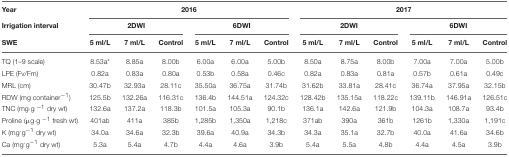
<table><thead><tr><td><b>Year</b></td><td colspan="6"><b>2016</b></td><td colspan="6"><b>2017</b></td></tr><tr><td><b>Irrigation interval</b></td><td colspan="3"><b>2DWI</b></td><td colspan="3"><b>6DWI</b></td><td colspan="3"><b>2DWI</b></td><td colspan="3"><b>6DWI</b></td></tr><tr><td><b>SWE</b></td><td><b>5 ml/L</b></td><td><b>7 ml/L</b></td><td><b>Control</b></td><td><b>5 ml/L</b></td><td><b>7 ml/L</b></td><td><b>Control</b></td><td><b>5 ml/L</b></td><td><b>7 ml/L</b></td><td><b>Control</b></td><td><b>5 ml/L</b></td><td><b>7 ml/L</b></td><td><b>Control</b></td></tr></thead><tbody><tr><td>TQ (1–9 scale)</td><td>8.53a<sup>*</sup></td><td>8.85a</td><td>8.00b</td><td>6.00a</td><td>6.00a</td><td>5.00b</td><td>8.50a</td><td>8.75a</td><td>8.00b</td><td>7.00a</td><td>7.00a</td><td>5.00b</td></tr><tr><td>LPE (Fv/Fm)</td><td>0.82a</td><td>0.83a</td><td>0.80a</td><td>0.53b</td><td>0.58a</td><td>0.46c</td><td>0.82a</td><td>0.83a</td><td>0.81a</td><td>0.57b</td><td>0.61a</td><td>0.49c</td></tr><tr><td>MRL (cm)</td><td>30.47b</td><td>32.93a</td><td>28.11c</td><td>35.50a</td><td>36.75a</td><td>31.74b</td><td>31.62b</td><td>33.81a</td><td>28.41c</td><td>36.74a</td><td>37.95a</td><td>32.15b</td></tr><tr><td>RDW (mg container<sup>−1</sup>)</td><td>125.5b</td><td>132.26a</td><td>116.31c</td><td>136.4b</td><td>144.51a</td><td>124.32c</td><td>128.42b</td><td>135.15a</td><td>118.22c</td><td>139.11b</td><td>146.91a</td><td>126.51c</td></tr><tr><td>TNC (mg·g <sup>−1</sup> dry wt)</td><td>132.6a</td><td>137.2a</td><td>118.3b</td><td>101.5a</td><td>105.3a</td><td>90.1b</td><td>136.1a</td><td>142.6a</td><td>121.9b</td><td>104.3a</td><td>108.7a</td><td>93.4b</td></tr><tr><td>Proline (μg·g <sup>−1</sup> fresh wt)</td><td>401ab</td><td>411a</td><td>385b</td><td>1,285b</td><td>1,350a</td><td>1,218c</td><td>371ab</td><td>390a</td><td>361b</td><td>1261b</td><td>1,330a</td><td>1,191c</td></tr><tr><td>K (mg<sup>.</sup>g<sup>−1</sup> dry wt)</td><td>34.0a</td><td>34.6a</td><td>32.3b</td><td>39.6a</td><td>40.9a</td><td>34.3b</td><td>34.3a</td><td>35.1a</td><td>32.7b</td><td>40.0a</td><td>41.6a</td><td>34.6b</td></tr><tr><td>Ca (mg<sup>.</sup>g<sup>−1</sup> dry wt)</td><td>5.3a</td><td>5.4a</td><td>4.7b</td><td>4.4a</td><td>4.6a</td><td>3.9b</td><td>5.4a</td><td>5.5a</td><td>4.8b</td><td>4.4a</td><td>4.5a</td><td>3.9b</td></tr></tbody></table>